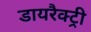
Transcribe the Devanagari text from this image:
डायरैक्ट्री